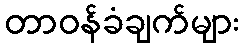
တာဝန်ခံချက်များ